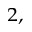
^ { 2 , }